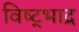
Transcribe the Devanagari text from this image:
विष्ट्भाद्र